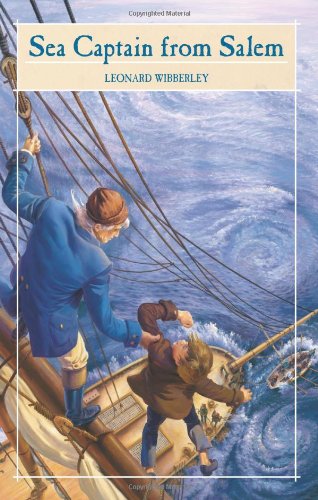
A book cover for Sea Captain from Salem (Treegate); Leonard Wibberley; Teen & Young Adult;